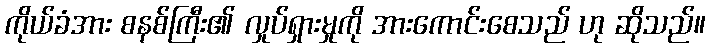
ကိုယ်ခံအား စနစ်ကြီး၏ လှုပ်ရှားမှုကို အားကောင်းစေသည် ဟု ဆိုသည်။